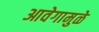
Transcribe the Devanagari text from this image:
आवेगामुळे